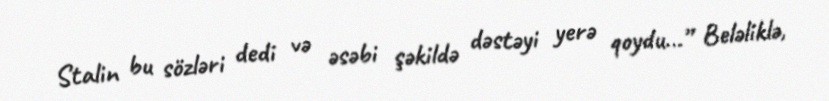
Stalin bu sözləri dedi və əsəbi şəkildə dəstəyi yerə qoydu...” Beləliklə,